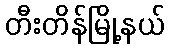
တီးတိန်မြို့နယ်